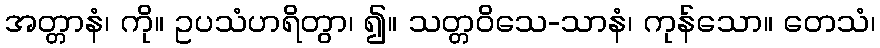
အတ္တာနံ၊ ကို။ ဥပသံဟရိတွာ၊ ၍။ သတ္တဝိသေ-သာနံ၊ ကုန်သော။ တေသံ၊